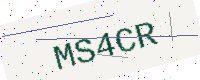
Text: MS4CR